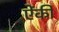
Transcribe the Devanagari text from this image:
ऐंकी